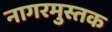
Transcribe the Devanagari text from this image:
नागरमुस्तक